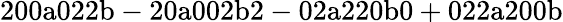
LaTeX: \mathrm{200a022b-20a002b2-02a220b0+022a200b}